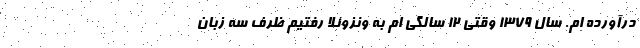
درآورده ام. سال 1379 وقتی 12 سالگی ام به ونزوئلا رفتیم ظرف سه زبان